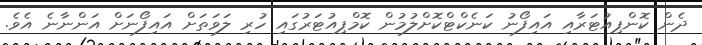
ދެން ކޮންޕިއުޓަރާއި އައިފޯނު ކަނެކްޓްކޮށްލުމުން ކޮމްޕިއުޓަރުގައި ހުރި ލަވަތަށް އައިފޯނަށް އަންނާނެ އެވެ.